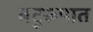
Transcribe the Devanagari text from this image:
बटुरूपात